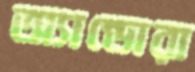
অ্যান্ডোরা